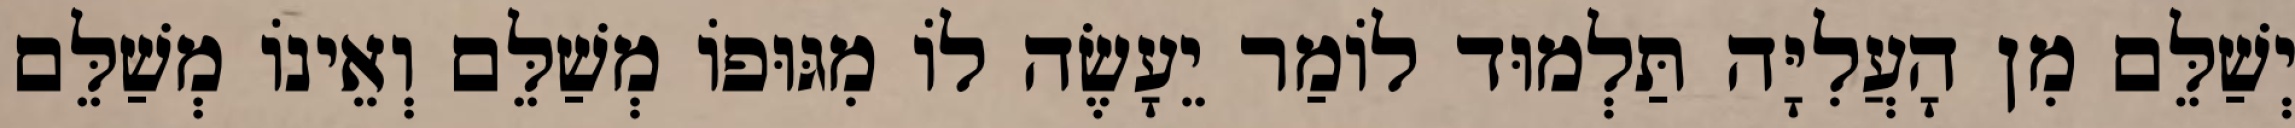
יְשַׁלֵּם מִן הָעֲלִיָּה תַּלְמוּד לוֹמַר יֵעָשֶׂה לוֹ מִגּוּפוֹ מְשַׁלֵּם וְאֵינוֹ מְשַׁלֵּם